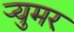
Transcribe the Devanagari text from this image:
र्‍युमर